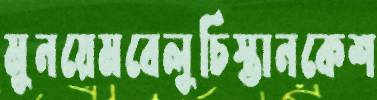
মুনয়েমবেলুচিস্তানকেশ